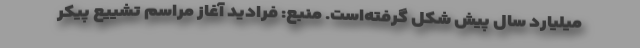
میلیارد سال پیش شکل گرفته‌است. منبع: فرادید آغاز مراسم تشییع پیکر